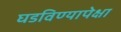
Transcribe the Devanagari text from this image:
घडविण्यापेक्षा